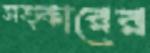
সত্কারের